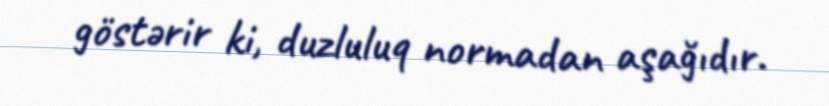
göstərir ki, duzluluq normadan aşağıdır.